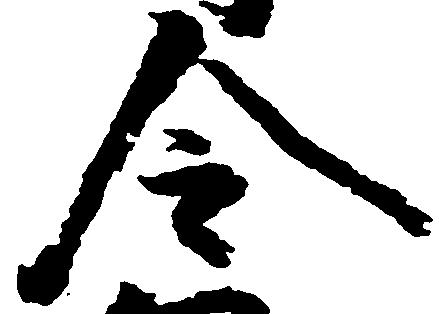
令